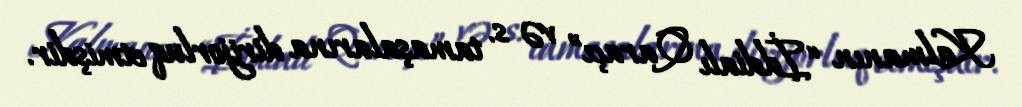
Kalmanın “İddialı Qaraçı” və s. tamaşalarına dirijorluq etmişdir.